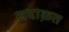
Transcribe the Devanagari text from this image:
सदाक़त